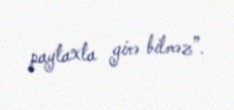
paytaxta girə bilməz”.